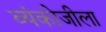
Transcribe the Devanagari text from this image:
व्यंकोजीला